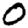
Digit: 0